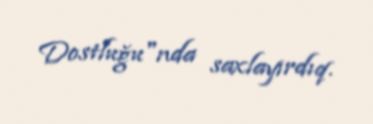
Dostluğu"nda saxlayırdıq.